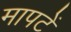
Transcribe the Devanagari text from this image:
मापटें